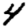
Digit: 4